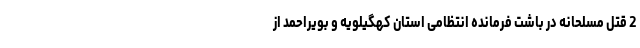
2 قتل مسلحانه در باشت فرمانده انتظامی استان کهگیلویه و بویراحمد از